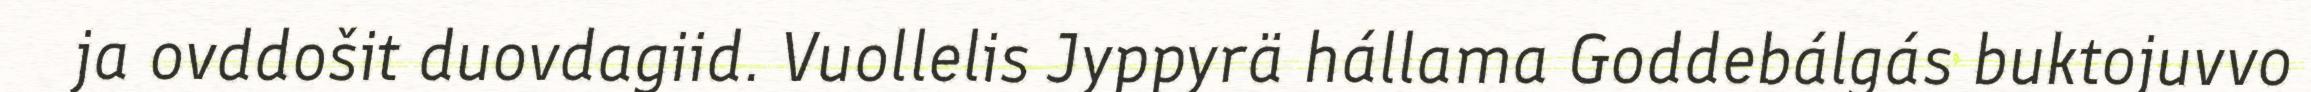
ja ovddošit duovdagiid. Vuollelis Jyppyrä hállama Goddebálgás buktojuvvo